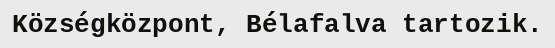
Községközpont, Bélafalva tartozik.